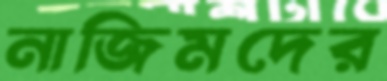
নাজিমদের